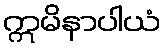
ဣမိနာပါယံ